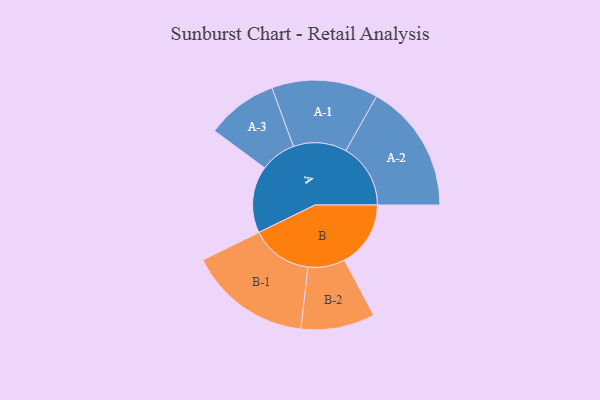
{"axis": {"x": "Segment", "y": "Value"}, "legend": ["", "A", "B"], "data": [{"x": "A", "y": 309, "type": ""}, {"x": "B", "y": 306, "type": ""}, {"x": "A-1", "y": 246, "type": "A"}, {"x": "A-2", "y": 299, "type": "A"}, {"x": "A-3", "y": 165, "type": "A"}, {"x": "B-1", "y": 284, "type": "B"}, {"x": "B-2", "y": 171, "type": "B"}]}